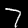
Digit: 7